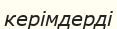
керімдерді